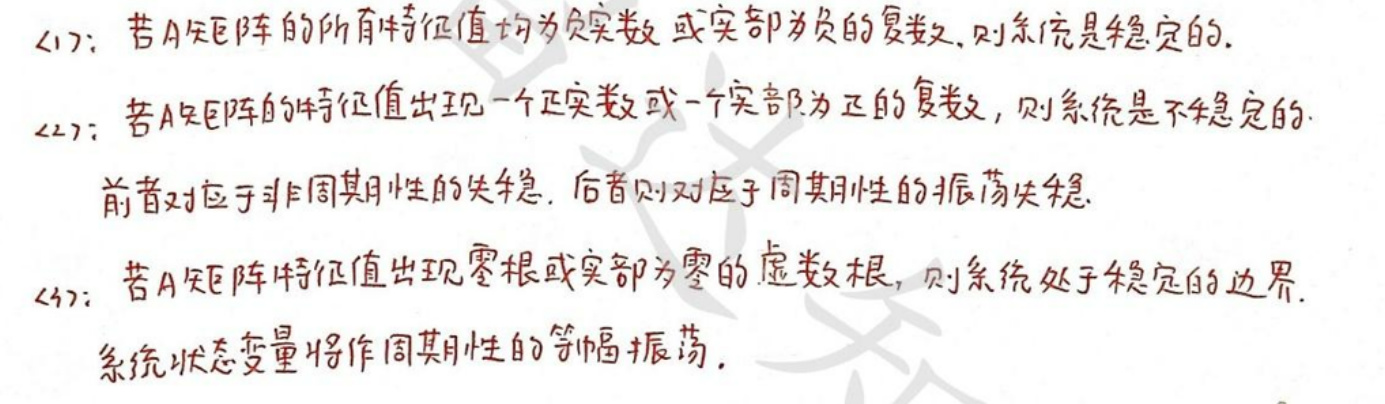
(1): 若$A$矩阵的所有特征值均为负实数或实部为负的复数, 则系统是稳定的.

(2): 若$A$矩阵的特征值出现一个正实数或一个实部为正的复数, 则系统是不稳定的.

前者对应于非周期性的失稳, 后者则对应于周期性的振荡失稳.

(3): 若$A$矩阵特征值出现零根或实部为零的虚数根, 则系统处于稳定的边界.

系统状态变量将作周期性的等幅振荡.